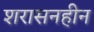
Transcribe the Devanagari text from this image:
शरासनहीन